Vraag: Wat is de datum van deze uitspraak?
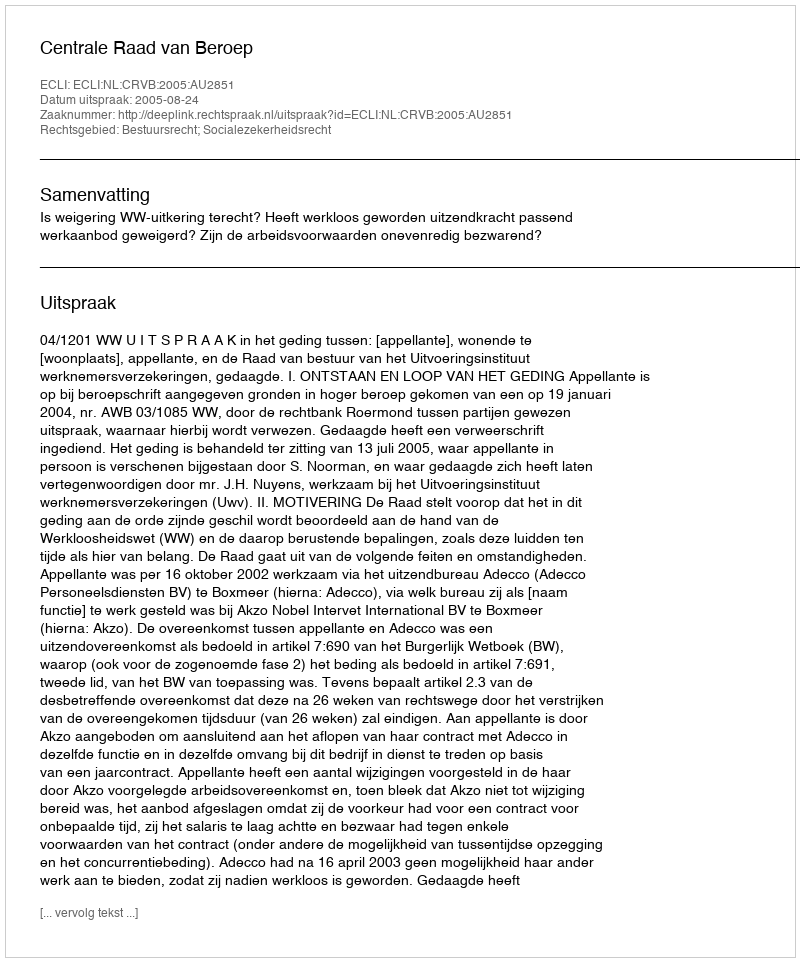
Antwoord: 2005-08-24